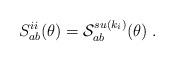
LaTeX: \begin{align*}S_{ab}^{ii}(\theta )=\mathcal{S}_{ab}^{su(k_{i})}(\theta )\;. \end{align*}